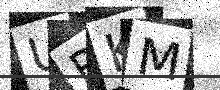
Text: URKM